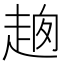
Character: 𧻮